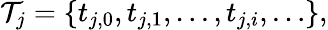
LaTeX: \mathcal{T}_{j}=\{ t_{j,0},t_{j,1},\ldots,t_{j,i},\ldots\} ,